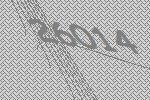
26014